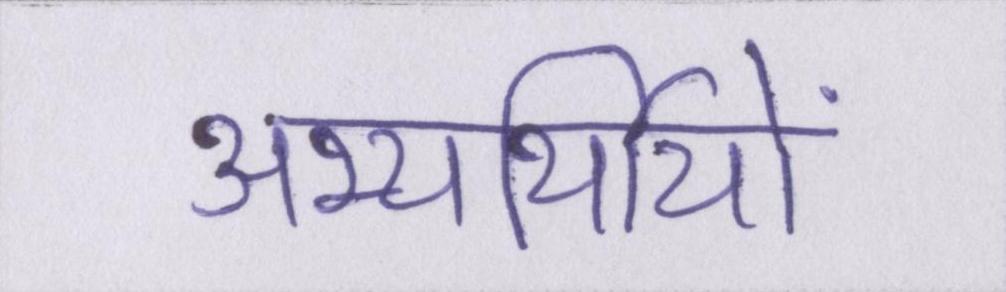
अभ्यर्थियों